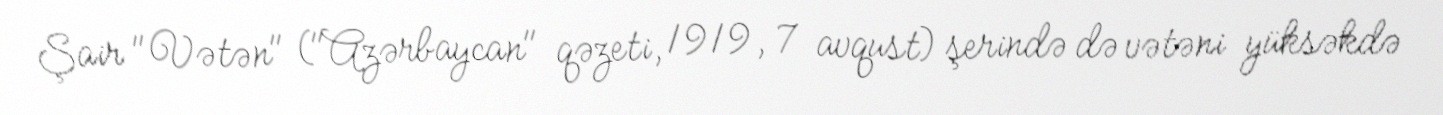
Şair "Vətən" ("Azərbaycan" qəzeti, 1919, 7 avqust) şerində də vətəni yüksəkdə